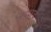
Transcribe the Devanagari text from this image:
बुद्धाचं